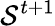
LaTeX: \mathcal{S}^{t+1}